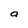
Character: a